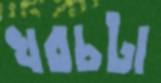
খরচটা